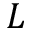
L